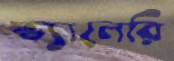
ভ্যালেরি